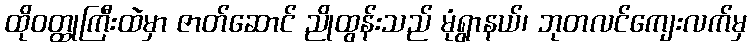
ထိုဝတ္ထုကြီးထဲမှာ ဇာတ်ဆောင် ညိုထွန်းသည် မုံရွာနယ်၊ ဘုတလင်ကျေးလက်မှ